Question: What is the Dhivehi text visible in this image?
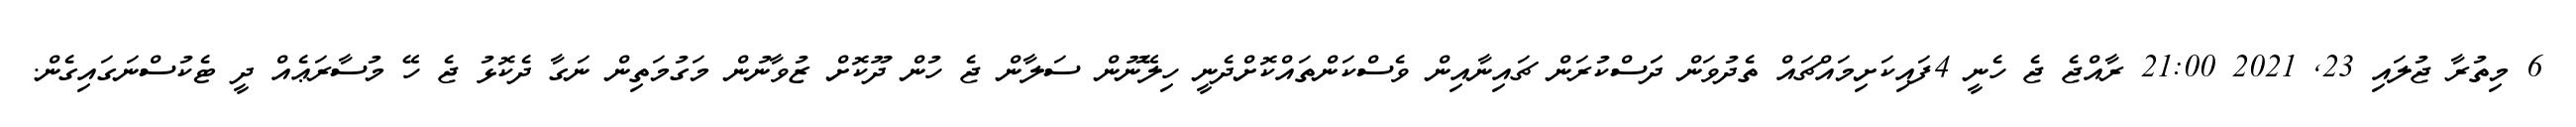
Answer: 6 މިތުރާ ޖުލައި 23, 2021 21:00 ރާއްޖެ ޖެ ހެނީ 4ފައިކަށިމައްޗައް ތެދުވަން ދަަސްކުރަން ޗައިނާއިން ވެސްކަންތައްކޮށްދެނީ ހިލޭނޫން ސަލާން ޖެ ހުން ދޫކޮށް ޒުވާނުން މަގުމަތިން ނަގާ ދެކޮޅު ޖެ ހޭ މުސާރަޢެއް ދީ ޓެކުސްނަގައިގެން.